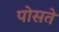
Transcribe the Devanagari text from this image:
पोसते